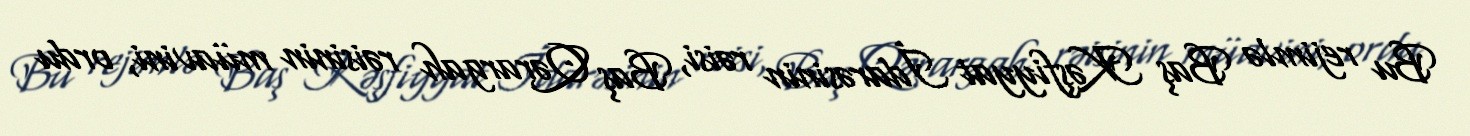
Bu rejimlə Baş Kəşfiyyat İdarəsinin rəisi, Baş Qərargah rəisinin müavini, ordu